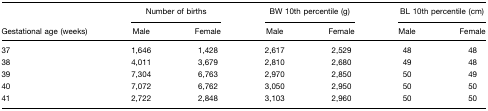
<table><thead><tr><td></td><td colspan="2"><b>Number of births</b></td><td colspan="2"><b>BW 10th percentile (g)</b></td><td colspan="2"><b>BL 10th percentile (cm)</b></td></tr><tr><td><b>Gestational age (weeks)</b></td><td><b>Male</b></td><td><b>Female</b></td><td><b>Male</b></td><td><b>Female</b></td><td><b>Male</b></td><td><b>Female</b></td></tr></thead><tbody><tr><td>37</td><td>1,646</td><td>1,428</td><td>2,617</td><td>2,529</td><td>48</td><td>48</td></tr><tr><td>38</td><td>4,011</td><td>3,679</td><td>2,810</td><td>2,680</td><td>49</td><td>48</td></tr><tr><td>39</td><td>7,304</td><td>6,763</td><td>2,970</td><td>2,850</td><td>50</td><td>49</td></tr><tr><td>40</td><td>7,072</td><td>6,762</td><td>3,050</td><td>2,950</td><td>50</td><td>50</td></tr><tr><td>41</td><td>2,722</td><td>2,848</td><td>3,103</td><td>2,960</td><td>50</td><td>50</td></tr></tbody></table>